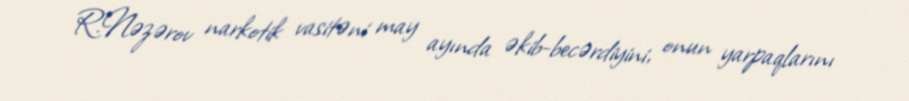
R.Nəzərov narkotik vasitəni may ayında əkib-becərdiyini, onun yarpaqlarını